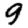
Digit: 9